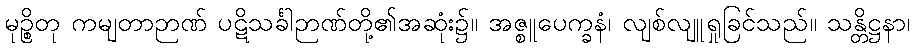
မုဉ္စိတု ကမျတာဉာဏ် ပဋိသင်္ခါဉာဏ်တို့၏အဆုံး၌။ အဇ္စူပေက္ခနံ၊ လျစ်လျူရှုခြင်သည်။ သန္တိဋ္ဌနာ၊